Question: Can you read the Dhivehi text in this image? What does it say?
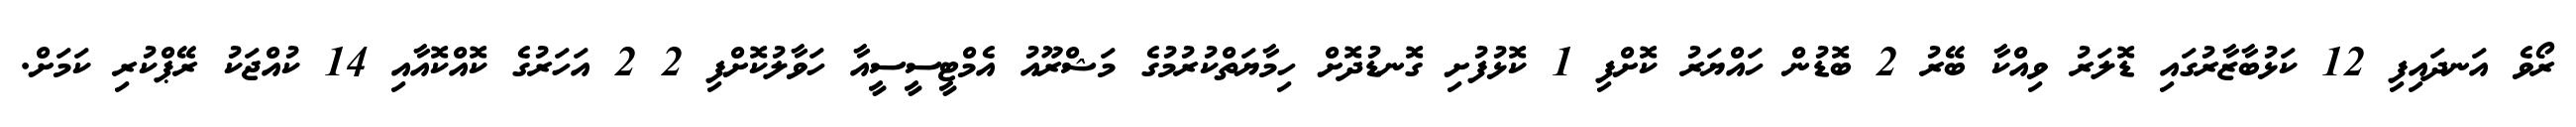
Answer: ރޯވެ އަނދައިފި 12 ކަޅުބާޒާރުގައި ޑޮލަރު ވިއްކާ ބޭރު 2 ބޮޑުން ހައްޔަރު ކޮށްފި 1 ކޮޅުފުށި ގޮނޑުދޮށް ހިމާޔަތްކުރުމުގެ މަޝްރޫއު އެމްޓީސީސީއާ ހަވާލުކޮށްފި 2 2 އަހަރުގެ ކޮއްކޮއާއި 14 ކުއްޖަކު ރޭޕްކުރި ކަމަށް.